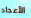
الأعداد